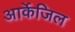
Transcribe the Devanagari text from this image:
आर्केजिल